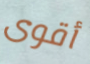
أقوى